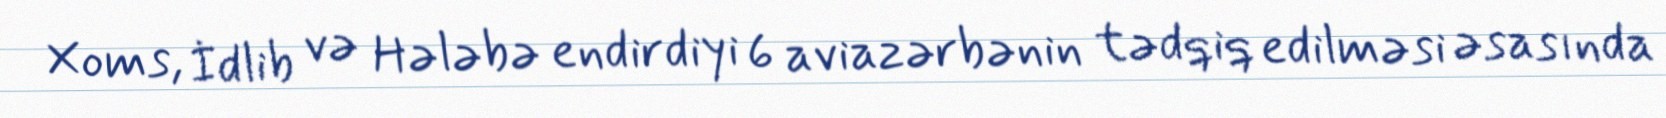
Xoms, İdlib və Hələbə endirdiyi 6 aviazərbənin tədqiq edilməsi əsasında